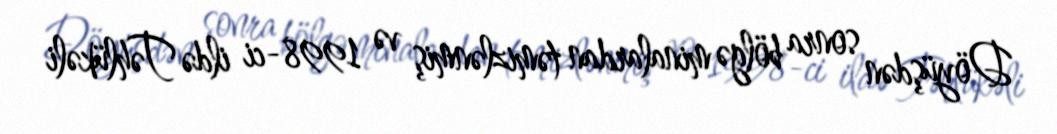
Döyüşdən sonra bölgə minalardan təmizlənmiş və 1998-ci ildə Təhlükəli